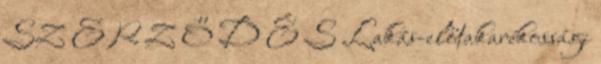
SZ E R Z Ő D É S Lakás-előtakarékossági